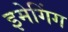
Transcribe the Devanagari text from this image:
इमेगिंग